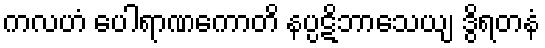
ကလဟံ ပေါရာဏကောတိ နပ္ပဋိဘာသေယျ ဒွိရတနံ